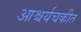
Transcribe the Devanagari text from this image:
आश्चर्यचकीत